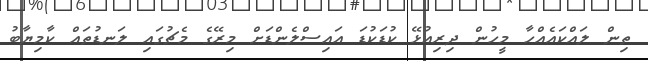
ތިން ލައްކައެއްހާ މީހުން ދިރިއުޅޭ ކުޑަކުޑަ އައިސްލެންޑަށް މިރޭގެ މެޗުގައި ލަނޑުތައް ކާމިޔާބު